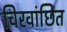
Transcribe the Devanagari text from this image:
चिरवांछित